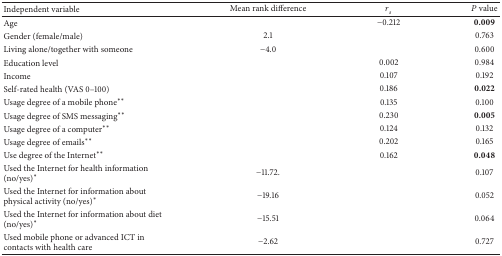
| Independent variable | Mean rank difference | rs | P value |
 | --- | --- | --- | --- |
 | Age |  | −0.212 | 0.009 |
 | Gender (female/male) | 2.1 |  | 0.763 |
 | Living alone/together with someone | −4.0 |  | 0.600 |
 | Education level |  | 0.002 | 0.984 |
 | Income |  | 0.107 | 0.192 |
 | Self-rated health (VAS 0–100) |  | 0.186 | 0.022 |
 | Usage degree of a mobile phone** |  | 0.135 | 0.100 |
 | Usage degree of SMS messaging** |  | 0.230 | 0.005 |
 | Usage degree of a computer** |  | 0.124 | 0.132 |
 | Usage degree of emails** |  | 0.202 | 0.165 |
 | Use degree of the Internet** |  | 0.162 | 0.048 |
 | Used the Internet for health information (no/yes)* | −11.72. |  | 0.107 |
 | Used the Internet for information about physical activity (no/yes)* | −19.16 |  | 0.052 |
 | Used the Internet for information about diet (no/yes)* | −15.51 |  | 0.064 |
 | Used mobile phone or advanced ICT in contacts with health care | −2.62 |  | 0.727 |